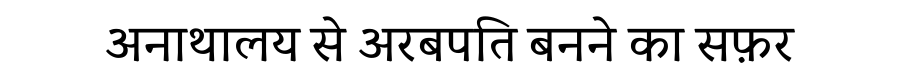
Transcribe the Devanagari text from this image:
अनाथालय से अरबपति बनने का सफ़र